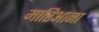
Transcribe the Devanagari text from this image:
मारिआना